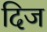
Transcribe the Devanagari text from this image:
दिज